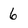
Character: 6